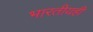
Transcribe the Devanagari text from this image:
भारतीयही